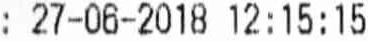
: 27-06-2018 12:15:15